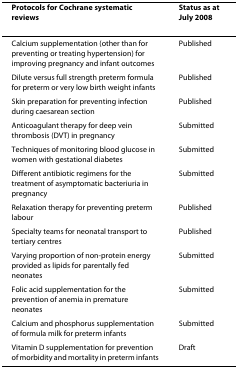
<table><thead><tr><td><b>Protocols for Cochrane systematic reviews</b></td><td><b>Status as at July 2008</b></td></tr></thead><tbody><tr><td>Calcium supplementation (other than for preventing or treating hypertension) for improving pregnancy and infant outcomes</td><td>Published</td></tr><tr><td>Dilute versus full strength preterm formula for preterm or very low birth weight infants</td><td>Published</td></tr><tr><td>Skin preparation for preventing infection during caesarean section</td><td>Published</td></tr><tr><td>Anticoagulant therapy for deep vein thrombosis (DVT) in pregnancy</td><td>Submitted</td></tr><tr><td>Techniques of monitoring blood glucose in women with gestational diabetes</td><td>Submitted</td></tr><tr><td>Different antibiotic regimens for the treatment of asymptomatic bacteriuria in pregnancy</td><td>Submitted</td></tr><tr><td>Relaxation therapy for preventing preterm labour</td><td>Published</td></tr><tr><td>Specialty teams for neonatal transport to tertiary centres</td><td>Published</td></tr><tr><td>Varying proportion of non-protein energy provided as lipids for parentally fed neonates</td><td>Submitted</td></tr><tr><td>Folic acid supplementation for the prevention of anemia in premature neonates</td><td>Submitted</td></tr><tr><td>Calcium and phosphorus supplementation of formula milk for preterm infants</td><td>Submitted</td></tr><tr><td>Vitamin D supplementation for prevention of morbidity and mortality in preterm infants</td><td>Draft</td></tr></tbody></table>